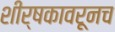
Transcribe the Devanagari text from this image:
शीर्षकावरूनच